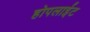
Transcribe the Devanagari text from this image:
होपलाईट